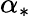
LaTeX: \alpha_{*}